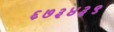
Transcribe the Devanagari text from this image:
६७३४३९